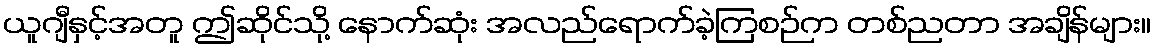
ယူဂျီနှင့်အတူ ဤဆိုင်သို့ နောက်ဆုံး အလည်ရောက်ခဲ့ကြစဉ်က တစ်ညတာ အချိန်များ။